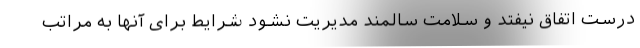
درست اتفاق نیفتد و سلامت سالمند مدیریت نشود شرایط برای آنها به مراتب